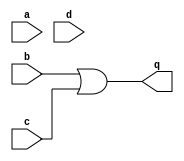
module top_module (
    input a,
    input b,
    input c,
    input d,
    output q );//

    assign q = b|c; // POS from K-map

endmodule